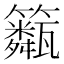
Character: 𥷖